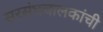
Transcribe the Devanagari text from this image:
सरसंघचालकांची